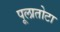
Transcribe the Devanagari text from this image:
पूलातोटा